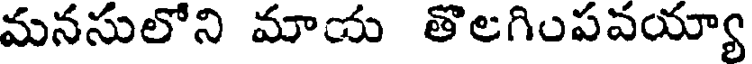
మనసులోని మాయ తొలగింపవయ్యా